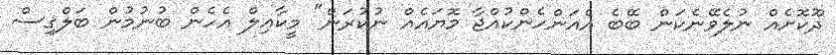
ދޫކޮށެއް ނުލެވޭނެކަން ބޭބެ އެއަންހެންކުއްޖާ މޮޔައެއް ނުކުރަން" މީކާޢިލް އެހެން ބުނުމުން ބަލްޤިސް